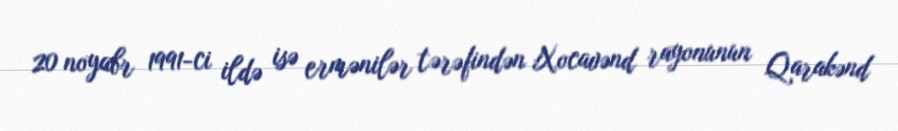
20 noyabr 1991-ci ildə isə ermənilər tərəfindən Xocavənd rayonunun Qarakənd